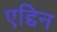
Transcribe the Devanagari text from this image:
एद्दिन